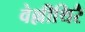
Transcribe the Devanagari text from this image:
वेल्लीथिरै